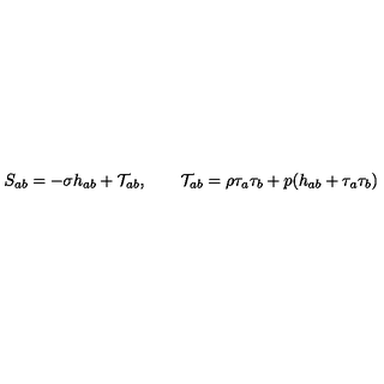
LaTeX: S _ { a b } = - \sigma h _ { a b } + \mathcal { T } _ { a b } , \qquad \mathcal { T } _ { a b } = \rho \tau _ { a } \tau _ { b } + p ( h _ { a b } + \tau _ { a } \tau _ { b } ) \nonumber